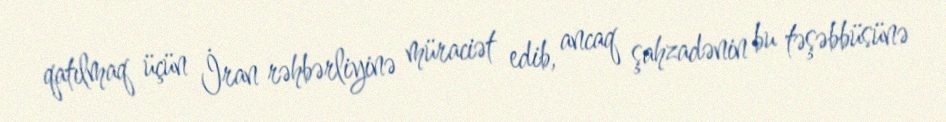
qatılmaq üçün İran rəhbərliyinə müraciət edib, ancaq şahzadənin bu təşəbbüsünə